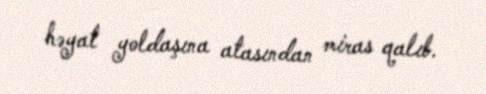
həyat yoldaşına atasından miras qalıb.